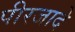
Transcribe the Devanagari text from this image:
पीरजादे